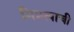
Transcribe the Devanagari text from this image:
मित्रत्वाची